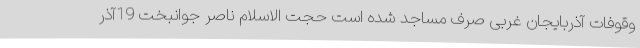
وقوفات آذربایجان غربی صرف مساجد شده است حجت الاسلام ناصر جوانبخت 19آذر